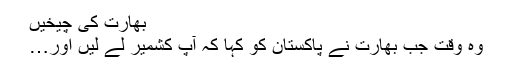
بھارت کی چیخیں
وہ وقت جب بھارت نے پاکستان کو کہا کہ آپ کشمیر لے لیں اور…